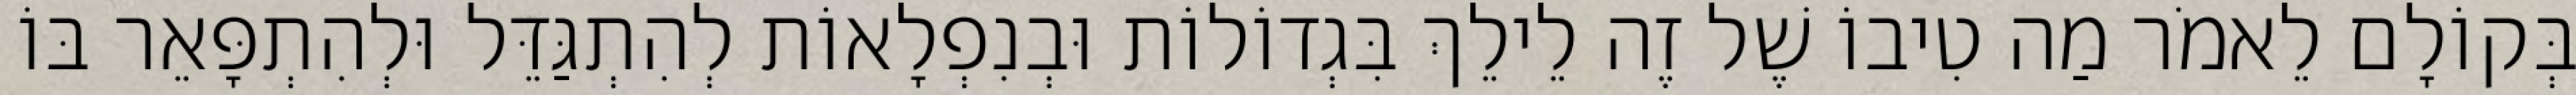
בְּקוֹלָם לֵאמֹר מַה טִיבוֹ שֶׁל זֶה לֵילֵךְ בִּגְדוֹלוֹת וּבְנִפְלָאוֹת לְהִתְגַּדֵּל וּלְהִתְפָּאֵר בּוֹ